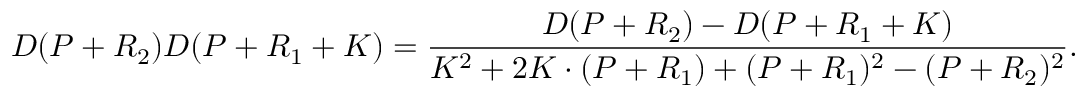
D ( P + R _ { 2 } ) D ( P + R _ { 1 } + K ) = \frac { D ( P + R _ { 2 } ) - D ( P + R _ { 1 } + K ) } { K ^ { 2 } + 2 K \cdot ( P + R _ { 1 } ) + ( P + R _ { 1 } ) ^ { 2 } - ( P + R _ { 2 } ) ^ { 2 } } .